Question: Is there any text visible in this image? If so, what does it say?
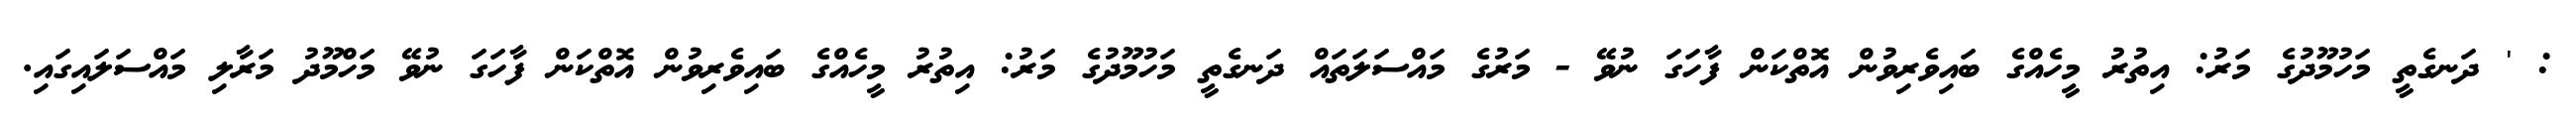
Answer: : ' ދަނގެތީ މަހުމޫދުގެ މަރު: އިތުރު މީހެއްގެ ބައިވެރިވުން އޮތްކަން ފާހަގަ ނުވޭ - މަރުގެ މައްސަލަތައް ދަނގެތީ މަހުމޫދުގެ މަރު: އިތުރު މީހެއްގެ ބައިވެރިވުން އޮތްކަން ފާހަގަ ނުވޭ މަހްމޫދު މަރާލި މައްސަލައިގައި.